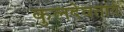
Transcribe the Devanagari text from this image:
कुलदेवतायै